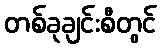
တစ်ခုချင်းစီတွင်